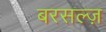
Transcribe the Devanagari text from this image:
बरसल्ज़